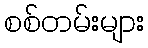
စစ်တမ်းများ